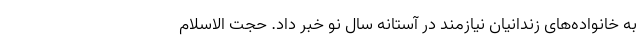
به خانواده‌های زندانیان نیازمند در آستانه سال نو خبر داد. حجت الاسلام